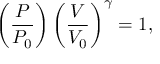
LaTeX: \left( { \frac { P } { P _ { 0 } } } \right) \left( { \frac { V } { V _ { 0 } } } \right) ^ { \gamma } = 1 ,